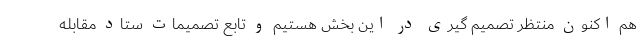
هم اکنون منتظر تصمیم گیری در این بخش هستیم و تابع تصمیمات ستاد مقابله